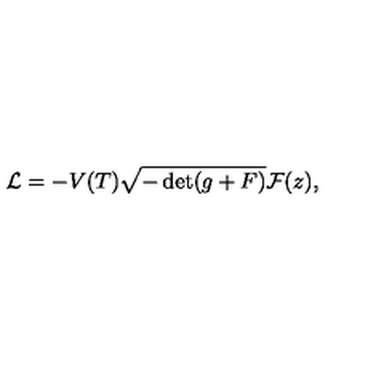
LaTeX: { \cal L } = - V ( T ) \sqrt { - \det ( g + F ) } { \cal F } ( z ) ,